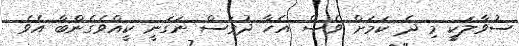
ސުވާލަކީ މި ދެ ކަމަށް ވެސް އެހާ ދުވަސް ނަގަނީ ކީއްވެގެންބާ އެވެ